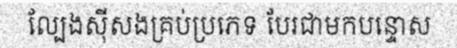
ល្បែងស៊ីសងគ្រប់ប្រភេទ បែរជាមកបន្ទោស